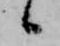
候